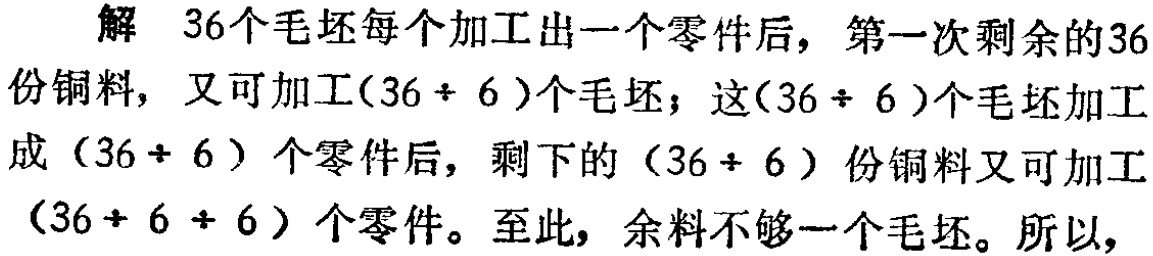
解 36个毛坯每个加工出一个零件后，第一次剩余的36份铜料，又可加工\((36\div 6)\)个毛坯；这\((36\div 6)\)个毛坯加工成\((36\div 6)\)个零件后，剩下的\((36\div 6)\)份铜料又可加工\((36\div 6\div 6)\)个零件。至此，余料不够一个毛坯。所以，